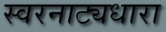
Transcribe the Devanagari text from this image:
स्वरनाट्यधारा